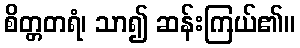
စိတ္တတရံ၊ သာ၍ ဆန်းကြယ်၏။